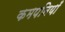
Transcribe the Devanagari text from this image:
कमपनियाँ